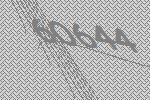
60644